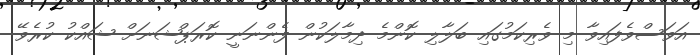
އަވަސްވެފައިވާ މި ވެރިކަމުގައި ބަލާލި ކޮންމެ ދިމާލަކުން ފެންނަނީ ކޮރަޕްޝަނަށް ޝައްކު ކުރެވޭ